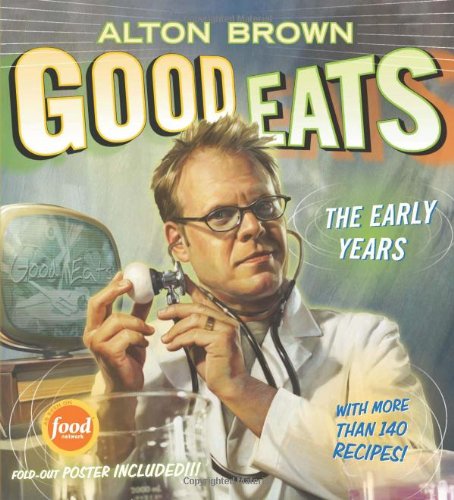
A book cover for Good Eats: Volume 1, The Early Years; Alton Brown; Humor & Entertainment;